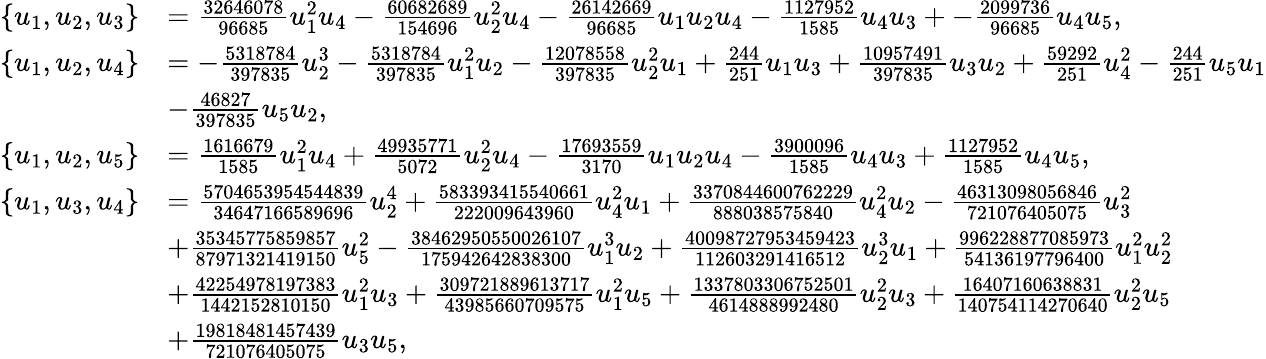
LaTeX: \begin{array}{rl}{\{ u_{1},u_{2},u_{3}\} }&{=\frac{32646078}{96685}u_{1}^{2}u_{4}-\frac{60682689}{154696}u_{2}^{2}u_{4}-\frac{26142669}{96685}u_{1}u_{2}u_{4}-\frac{1127952}{1585}u_{4}u_{3}+-\frac{2099736}{96685}u_{4}u_{5},}\\ {\{ u_{1},u_{2},u_{4}\} }&{=-\frac{5318784}{397835}u_{2}^{3}-\frac{5318784}{397835}u_{1}^{2}u_{2}-\frac{12078558}{397835}u_{2}^{2}u_{1}+\frac{244}{251}u_{1}u_{3}+\frac{10957491}{397835}u_{3}u_{2}+\frac{59292}{251}u_{4}^{2}-\frac{244}{251}u_{5}u_{1}}\\ &{-\frac{46827}{397835}u_{5}u_{2},}\\ {\{ u_{1},u_{2},u_{5}\} }&{=\frac{1616679}{1585}u_{1}^{2}u_{4}+\frac{49935771}{5072}u_{2}^{2}u_{4}-\frac{17693559}{3170}u_{1}u_{2}u_{4}-\frac{3900096}{1585}u_{4}u_{3}+\frac{1127952}{1585}u_{4}u_{5},}\\ {\{ u_{1},u_{3},u_{4}\} }&{=\frac{5704653954544839}{34647166589696}u_{2}^{4}+\frac{583393415540661}{222009643960}u_{4}^{2}u_{1}+\frac{3370844600762229}{888038575840}u_{4}^{2}u_{2}-\frac{46313098056846}{721076405075}u_{3}^{2}}\\ &{+\frac{35345775859857}{87971321419150}u_{5}^{2}-\frac{38462950550026107}{175942642838300}u_{1}^{3}u_{2}+\frac{40098727953459423}{112603291416512}u_{2}^{3}u_{1}+\frac{996228877085973}{54136197796400}u_{1}^{2}u_{2}^{2}}\\ &{+\frac{42254978197383}{1442152810150}u_{1}^{2}u_{3}+\frac{309721889613717}{43985660709575}u_{1}^{2}u_{5}+\frac{1337803306752501}{4614888992480}u_{2}^{2}u_{3}+\frac{16407160638831}{140754114270640}u_{2}^{2}u_{5}}\\ &{+\frac{19818481457439}{721076405075}u_{3}u_{5},}\end{array}